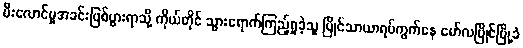
မီးလောင်မှုအခင်းဖြစ်ပွားရာသို့ ကိုယ်တိုင် သွားရောက်ကြည့်ရှုခဲ့သူ မြိုင်သာယာရပ်ကွက်နေ မော်လမြိုင်မြို့ခံ